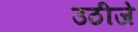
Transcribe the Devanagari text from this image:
उठीजे